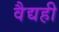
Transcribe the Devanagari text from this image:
वैद्यही